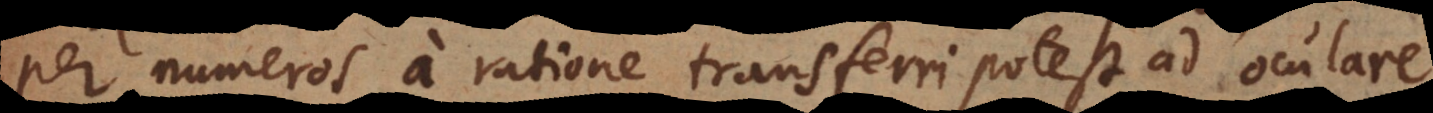
per numeros a ratione transferri potest ad oculare